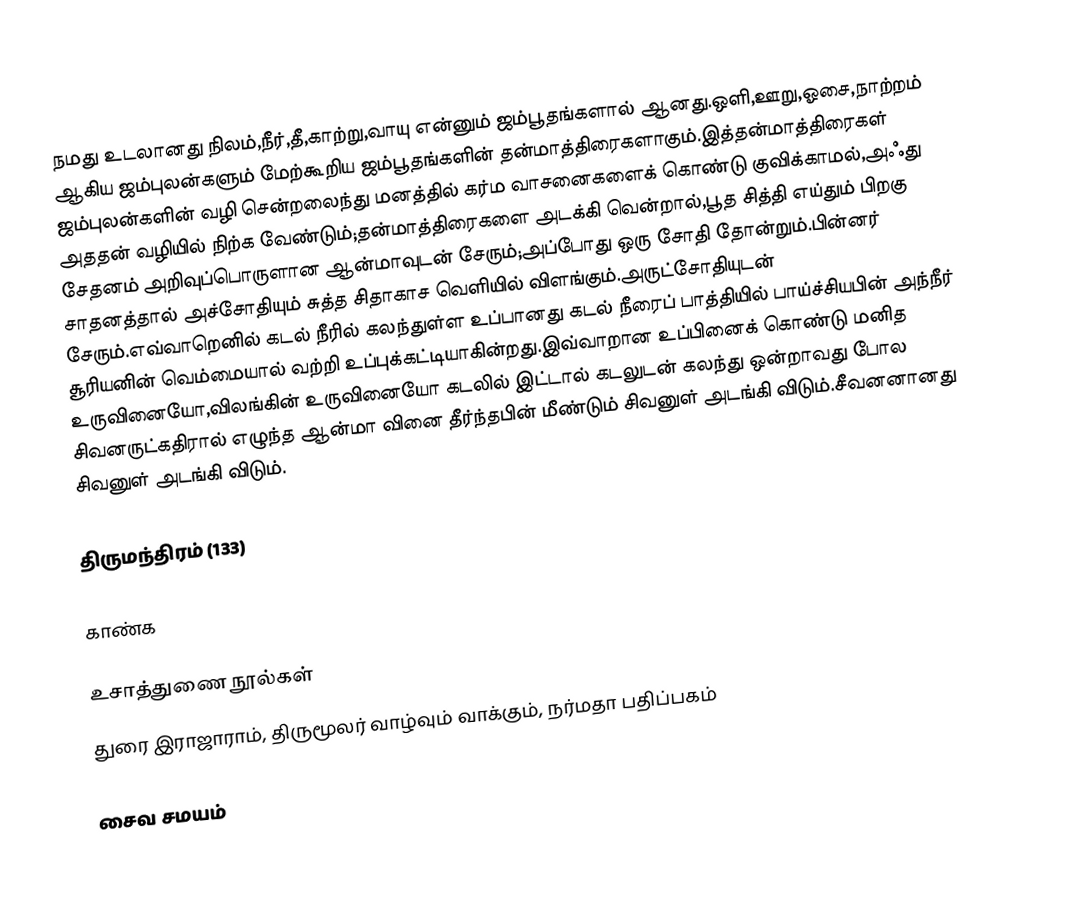
நமது உடலானது நிலம்,நீர்,தீ,காற்று,வாயு என்னும் ஜம்பூதங்களால் ஆனது.ஒளி,ஊறு,ஓசை,நாற்றம் ஆகிய ஜம்புலன்களும் மேற்கூறிய ஜம்பூதங்களின் தன்மாத்திரைகளாகும்.இத்தன்மாத்திரைகள் ஜம்புலன்களின் வழி சென்றலைந்து மனத்தில் கர்ம வாசனைகளைக் கொண்டு குவிக்காமல்,அஃது அததன் வழியில் நிற்க வேண்டும்;தன்மாத்திரைகளை அடக்கி வென்றால்,பூத சித்தி எய்தும் பிறகு சேதனம் அறிவுப்பொருளான ஆன்மாவுடன் சேரும்;அப்போது ஒரு சோதி தோன்றும்.பின்னர் சாதனத்தால் அச்சோதியும் சுத்த சிதாகாச வெளியில் விளங்கும்.அருட்சோதியுடன் சேரும்.எவ்வாறெனில் கடல் நீரில் கலந்துள்ள உப்பானது கடல் நீரைப் பாத்தியில் பாய்ச்சியபின் அந்நீர் சூரியனின் வெம்மையால் வற்றி உப்புக்கட்டியாகின்றது.இவ்வாறான உப்பினைக் கொண்டு மனித உருவினையோ,விலங்கின் உருவினையோ கடலில் இட்டால் கடலுடன் கலந்து ஒன்றாவது போல சிவனருட்கதிரால் எழுந்த ஆன்மா வினை தீர்ந்தபின் மீண்டும் சிவனுள் அடங்கி விடும்.சீவனனானது சிவனுள் அடங்கி விடும்.

திருமந்திரம் (133)

காண்க

உசாத்துணை நூல்கள்
 துரை இராஜாராம், திருமூலர் வாழ்வும் வாக்கும், நர்மதா பதிப்பகம்

சைவ சமயம்